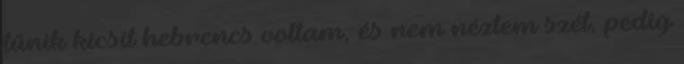
tűnik kicsit hebrencs voltam, és nem néztem szét, pedig